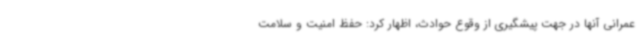
عمرانی آنها در جهت پیشگیری از وقوع حوادث، اظهار کرد: حفظ امنیت و سلامت